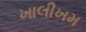
ખાલીખમ